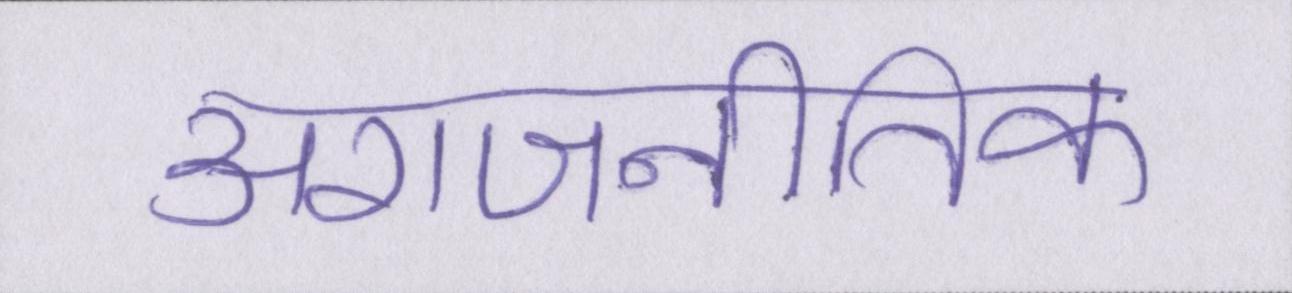
अराजनीतिक